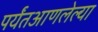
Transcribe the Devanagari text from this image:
पर्यंतआणलेल्या